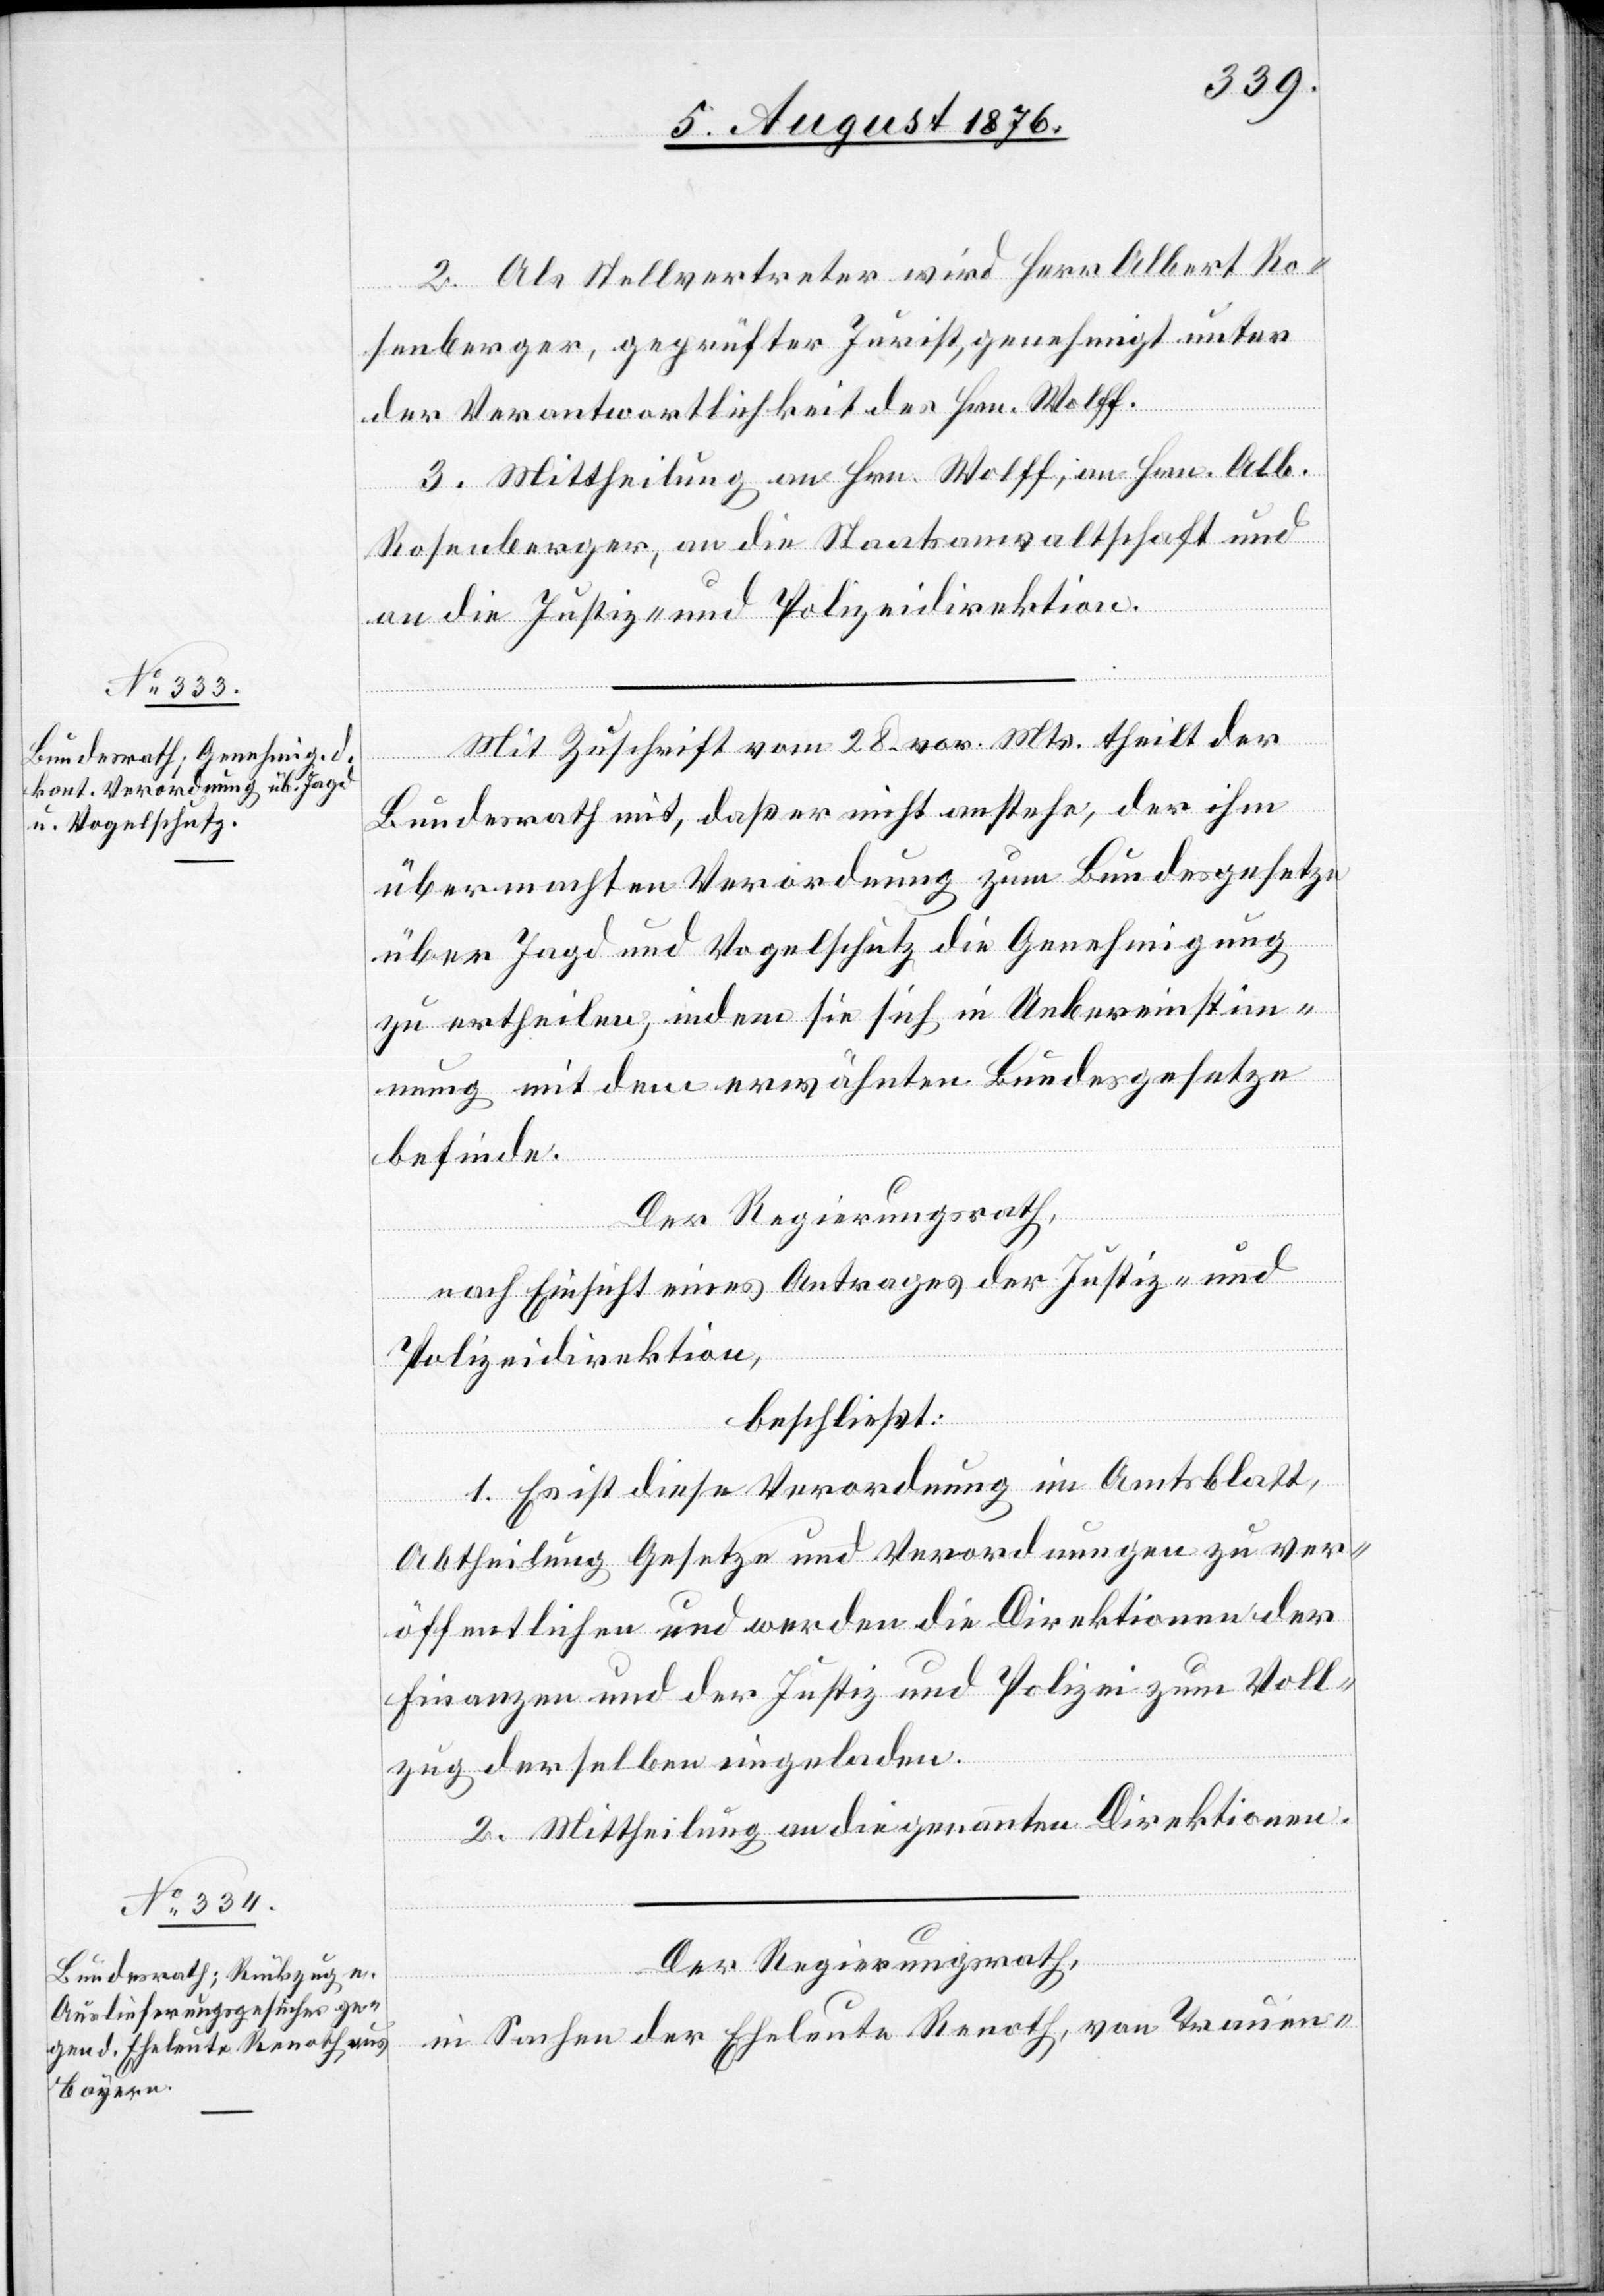
5. August 1876.]
2. Als Stellvertreter wird Herr Albert Ro¬
senberger, geprüfter Jurist, genehmigt unter
der Verantwortlichkeit des Hrn. Wolff.
3. Mittheilung an Hrn. Wolff, an Hrn. Alb.
Rosenberger, an die Staatsanwaltschaft und
die Justiz- und Polizeidirektion.
Mit Zuschrift vom 28. vor. Mts. theilt der
rfügungen
Bundesrath mit, daß er nicht anstehe, der ihm
übermachten Verordnung zum Bundesgesetze
über Jagd und Vogelschutz die Genehmigung
zu ertheilen, indem sie sich in Uebereinstim¬
mung mit dem erwähnten Bundesgesetze
befinde.
Der Regierungsrath,
nach Einsicht eines Antrages der Justiz- und
Polizeidirektion,
beschließt:
1. Es ist diese Verordnung im Amtsblatt,
Abtheilung Gesetze und Verordnungen zu ver¬
öffentlichen und werden die Direktionen der
Finanzen und der Justiz und Polizei zum Voll¬
zug derselben eingeladen.
2. Mittheilung an die genannten Direktionen.
Der Regierungsrath,
in Sachen der Eheleute Renoth, von Trauen-